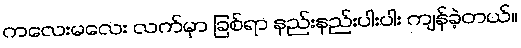
ကလေးမလေး လက်မှာ ခြစ်ရာ နည်းနည်းပါးပါး ကျန်ခဲ့တယ်။